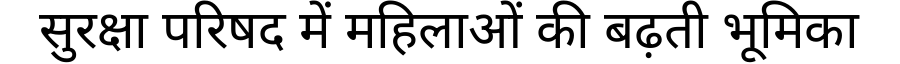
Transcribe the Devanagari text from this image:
सुरक्षा परिषद में महिलाओं की बढ़ती भूमिका